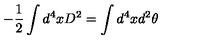
- \frac { 1 } { 2 } \int d ^ { 4 } x D ^ { 2 } = \int d ^ { 4 } x d ^ { 2 } \theta